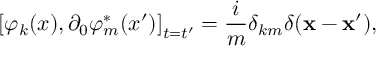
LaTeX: \left[ \varphi _ { k } ( x ) , \partial _ { 0 } \varphi _ { m } ^ { * } ( x ^ { \prime } ) \right] _ { t = t ^ { \prime } } = \frac { i } { m } \delta _ { k m } \delta ( \mathbf { x } - \mathbf { x } ^ { \prime } ) ,